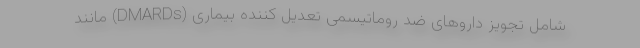
شامل تجویز داروهای ضد روماتیسمی تعدیل کننده بیماری (DMARDs) مانند